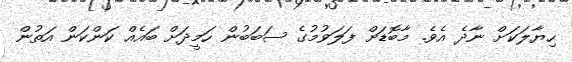
ހިޔާލަކަށް ނާދެ އެވެ. މާބޮޑަށް ފަލަވުމުގެ ސަބަބުން ހަމީދަށް ބައެއް ކަންކަން އަތުން